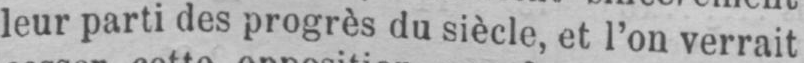
leur parti des progrès du siècle, et l’on verrait